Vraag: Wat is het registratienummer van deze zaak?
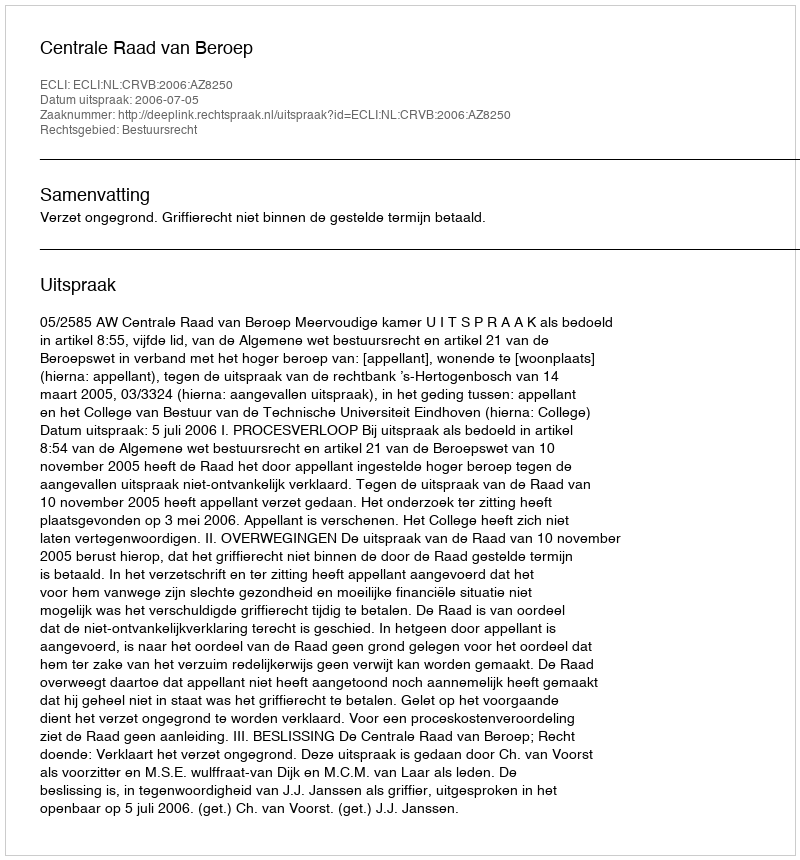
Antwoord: http://deeplink.rechtspraak.nl/uitspraak?id=ECLI:NL:CRVB:2006:AZ8250